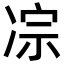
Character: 𪞥